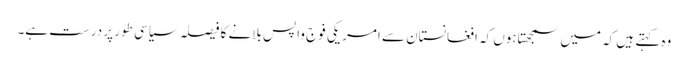
وہ کہتے ہیں کہ میں سمجھتاہوں کہ افغانستان سے امریکی فوج واپس بلانے کا فیصلہ سیاسی طور پر درست ہے۔